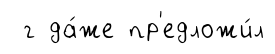
г да́же пр'едложи́л